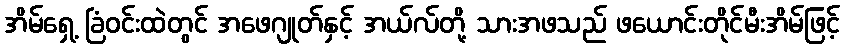
အိမ်ရှေ့ ခြံဝင်းထဲတွင် အဖေဂျုတ်နှင့် အယ်လ်တို့ သားအဖသည် ဖယောင်းတိုင်မီးအိမ်ဖြင့်